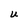
Character: U